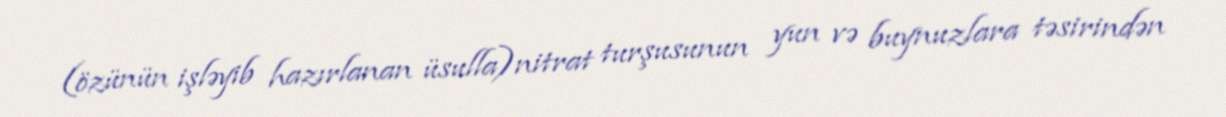
(özünün işləyib hazırlanan üsulla)nitrat turşusunun yun və buynuzlara təsirindən